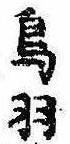
鳥羽